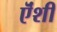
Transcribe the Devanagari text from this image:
ऎंशी